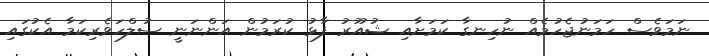
ނަމަވެސް ހަމަނުޖެހުމެއް ނުހިނގާ ކަމަށާއި ޝުއޫރު ފާޅު ކުރަމުން އަންނަނީ ސުލްހަވެރިކަމާ އެކުގައި